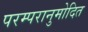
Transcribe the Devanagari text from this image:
परम्परानुमोदित